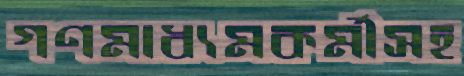
গণমাধ্যমকর্মীসহ